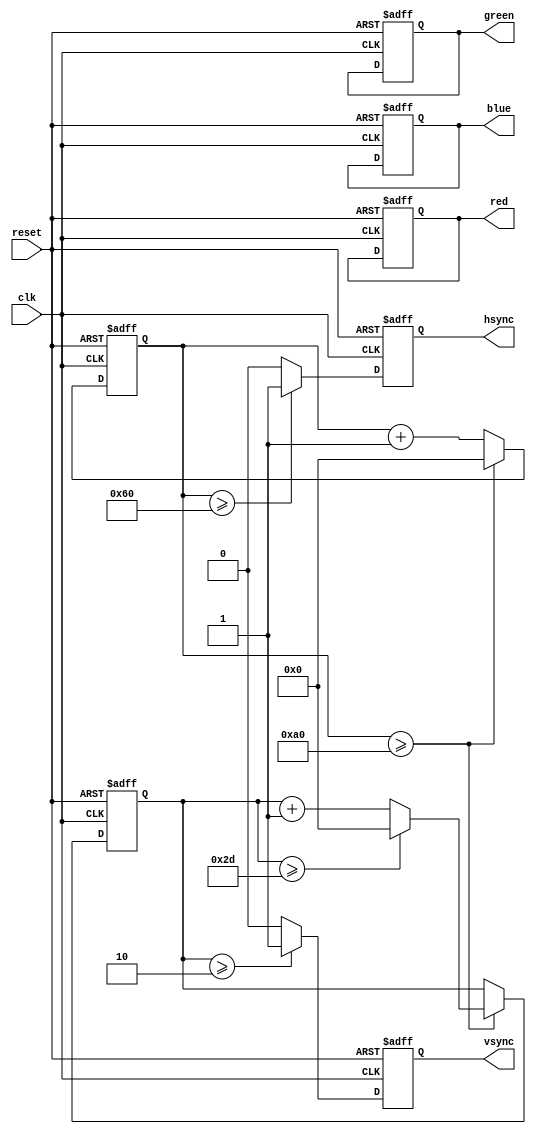
module vga_controller(
    input clk,
    input reset,
    output reg vsync,
    output reg hsync,
    output reg red,
    output reg green,
    output reg blue
);

//Define parameters for VGA timing
parameter H_SYNC_CYCLES = 96;
parameter H_FRONT_PORCH = 16;
parameter H_BACK_PORCH = 48;
parameter V_SYNC_LINES = 2;
parameter V_FRONT_PORCH = 10;
parameter V_BACK_PORCH = 33;

//Define internal counters for tracking screen position
reg [9:0] hcount;
reg [9:0] vcount;

//Define state machine states
reg [2:0] state; //0: Vertical Sync, 1: Front Porch, 2: Active Video, 3: Back Porch

//Additional logic and memory blocks will be implemented here

//Generate horizontal and vertical synchronization signals
always @(posedge clk or negedge reset) begin
    if (reset == 1'b0) begin
        hcount <= 10'd0;
        vcount <= 10'd0;
        vsync <= 1'b0;
        hsync <= 1'b0;
        state <= 3'b0;
    end
    else begin
        if (hcount >= H_SYNC_CYCLES + H_FRONT_PORCH + H_BACK_PORCH) begin
            hcount <= 10'd0;
            if (vcount >= V_SYNC_LINES + V_FRONT_PORCH + V_BACK_PORCH) begin
                vcount <= 10'd0;
            end
            else begin
                vcount <= vcount + 10'd1;
            end
        end
        else begin
            hcount <= hcount + 10'd1;
        end
        
        if (hcount >= H_SYNC_CYCLES) begin
            hsync <= 1'b1;
        end
        else begin
            hsync <= 1'b0;
        end
        
        if (vcount >= V_SYNC_LINES) begin
            vsync <= 1'b1;
        end
        else begin
            vsync <= 1'b0;
        end
    end
end

//Generate pixel color signals based on current screen position
always @(posedge clk or negedge reset) begin
    if (reset == 1'b0) begin
        red <= 1'b0;
        green <= 1'b0;
        blue <= 1'b0;
    end
    else begin
        //Additional logic for generating pixel colors will be implemented here
    end
end

endmodule